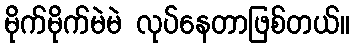
မိုက်မိုက်မဲမဲ လုပ်နေတာဖြစ်တယ်။